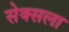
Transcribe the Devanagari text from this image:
सेक्सला